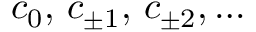
c _ { 0 } , \, c _ { \pm 1 } , \, c _ { \pm 2 } , \ldots